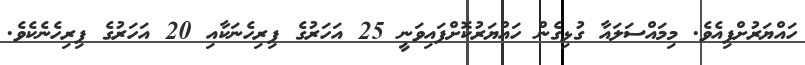
ހައްޔަރުށްފިއެވެ. މިމައްސަލައާ ގުޅިގެން ހައްޔަރުކޮށްފައިވަނީ 25 އަހަރުގެ ފިިރިހެނަކާއި 20 އަހަރުގެ ފިރިހެނެކެވެ.